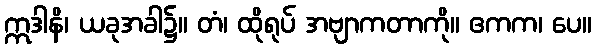
ဣဒါနိ၊ ယခုအခါ၌။ တံ၊ ထိုရုပ် အဗျာကတာကို။ ဧကက၊ ပေ။